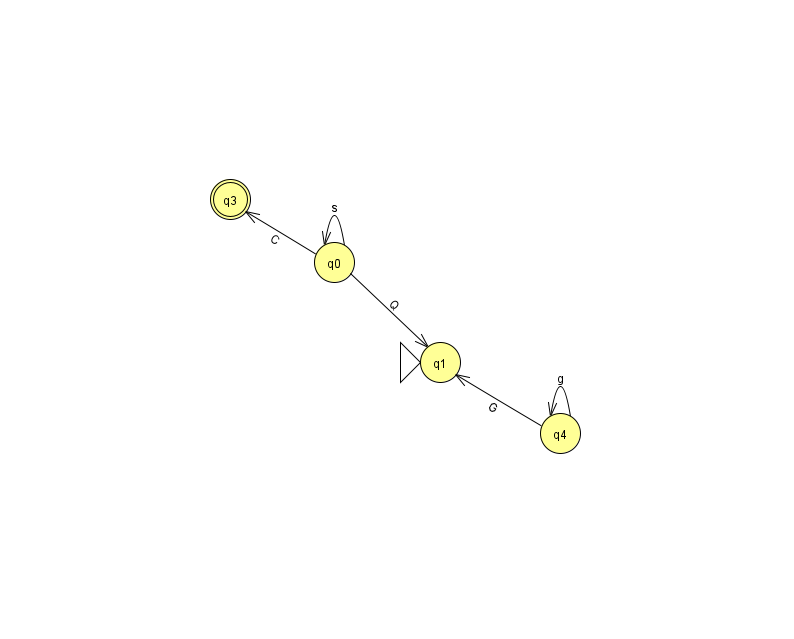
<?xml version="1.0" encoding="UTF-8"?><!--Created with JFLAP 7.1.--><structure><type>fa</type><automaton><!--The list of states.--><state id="0" name="q0"><x>334.0</x><y>249.0</y></state><state id="1" name="q1"><x>440.0</x><y>349.0</y><initial/></state><state id="2" name="q2"><x>966.0</x><y>50.0</y></state><state id="3" name="q3"><x>230.0</x><y>186.0</y><final/></state><state id="4" name="q4"><x>560.0</x><y>420.0</y></state><!--The list of transitions.--><transition><from>0</from><to>0</to><read>s</read></transition><transition><from>4</from><to>4</to><read>g</read></transition><transition><from>0</from><to>3</to><read>C</read></transition><transition><from>0</from><to>1</to><read>Q</read></transition><transition><from>4</from><to>1</to><read>G</read></transition><transition><from>2</from><to>2</to><read>o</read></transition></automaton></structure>